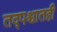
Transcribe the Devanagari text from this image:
तद्पश्चातही